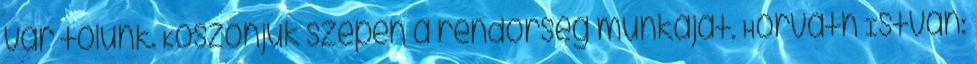
vár tőlünk. Köszönjük szépen a rendőrség munkáját. Horváth István: